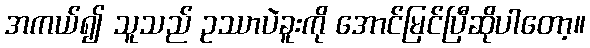
အကယ်၍ သူသည် ဥဿာပဲခူးကို အောင်မြင်ပြီဆိုပါတော့။